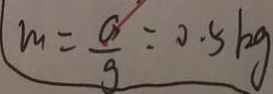
m = \frac { G } { g } = 0 . 5 k g